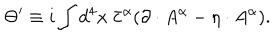
LaTeX: \Theta ^ { \prime } \equiv i \int d ^ { 4 } x \ { \bar { c } } ^ { \alpha } ( \partial \cdot A ^ { \alpha } - \eta \cdot A ^ { \alpha } ) .